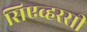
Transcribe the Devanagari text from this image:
सिएव्हरसी